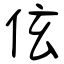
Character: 伭